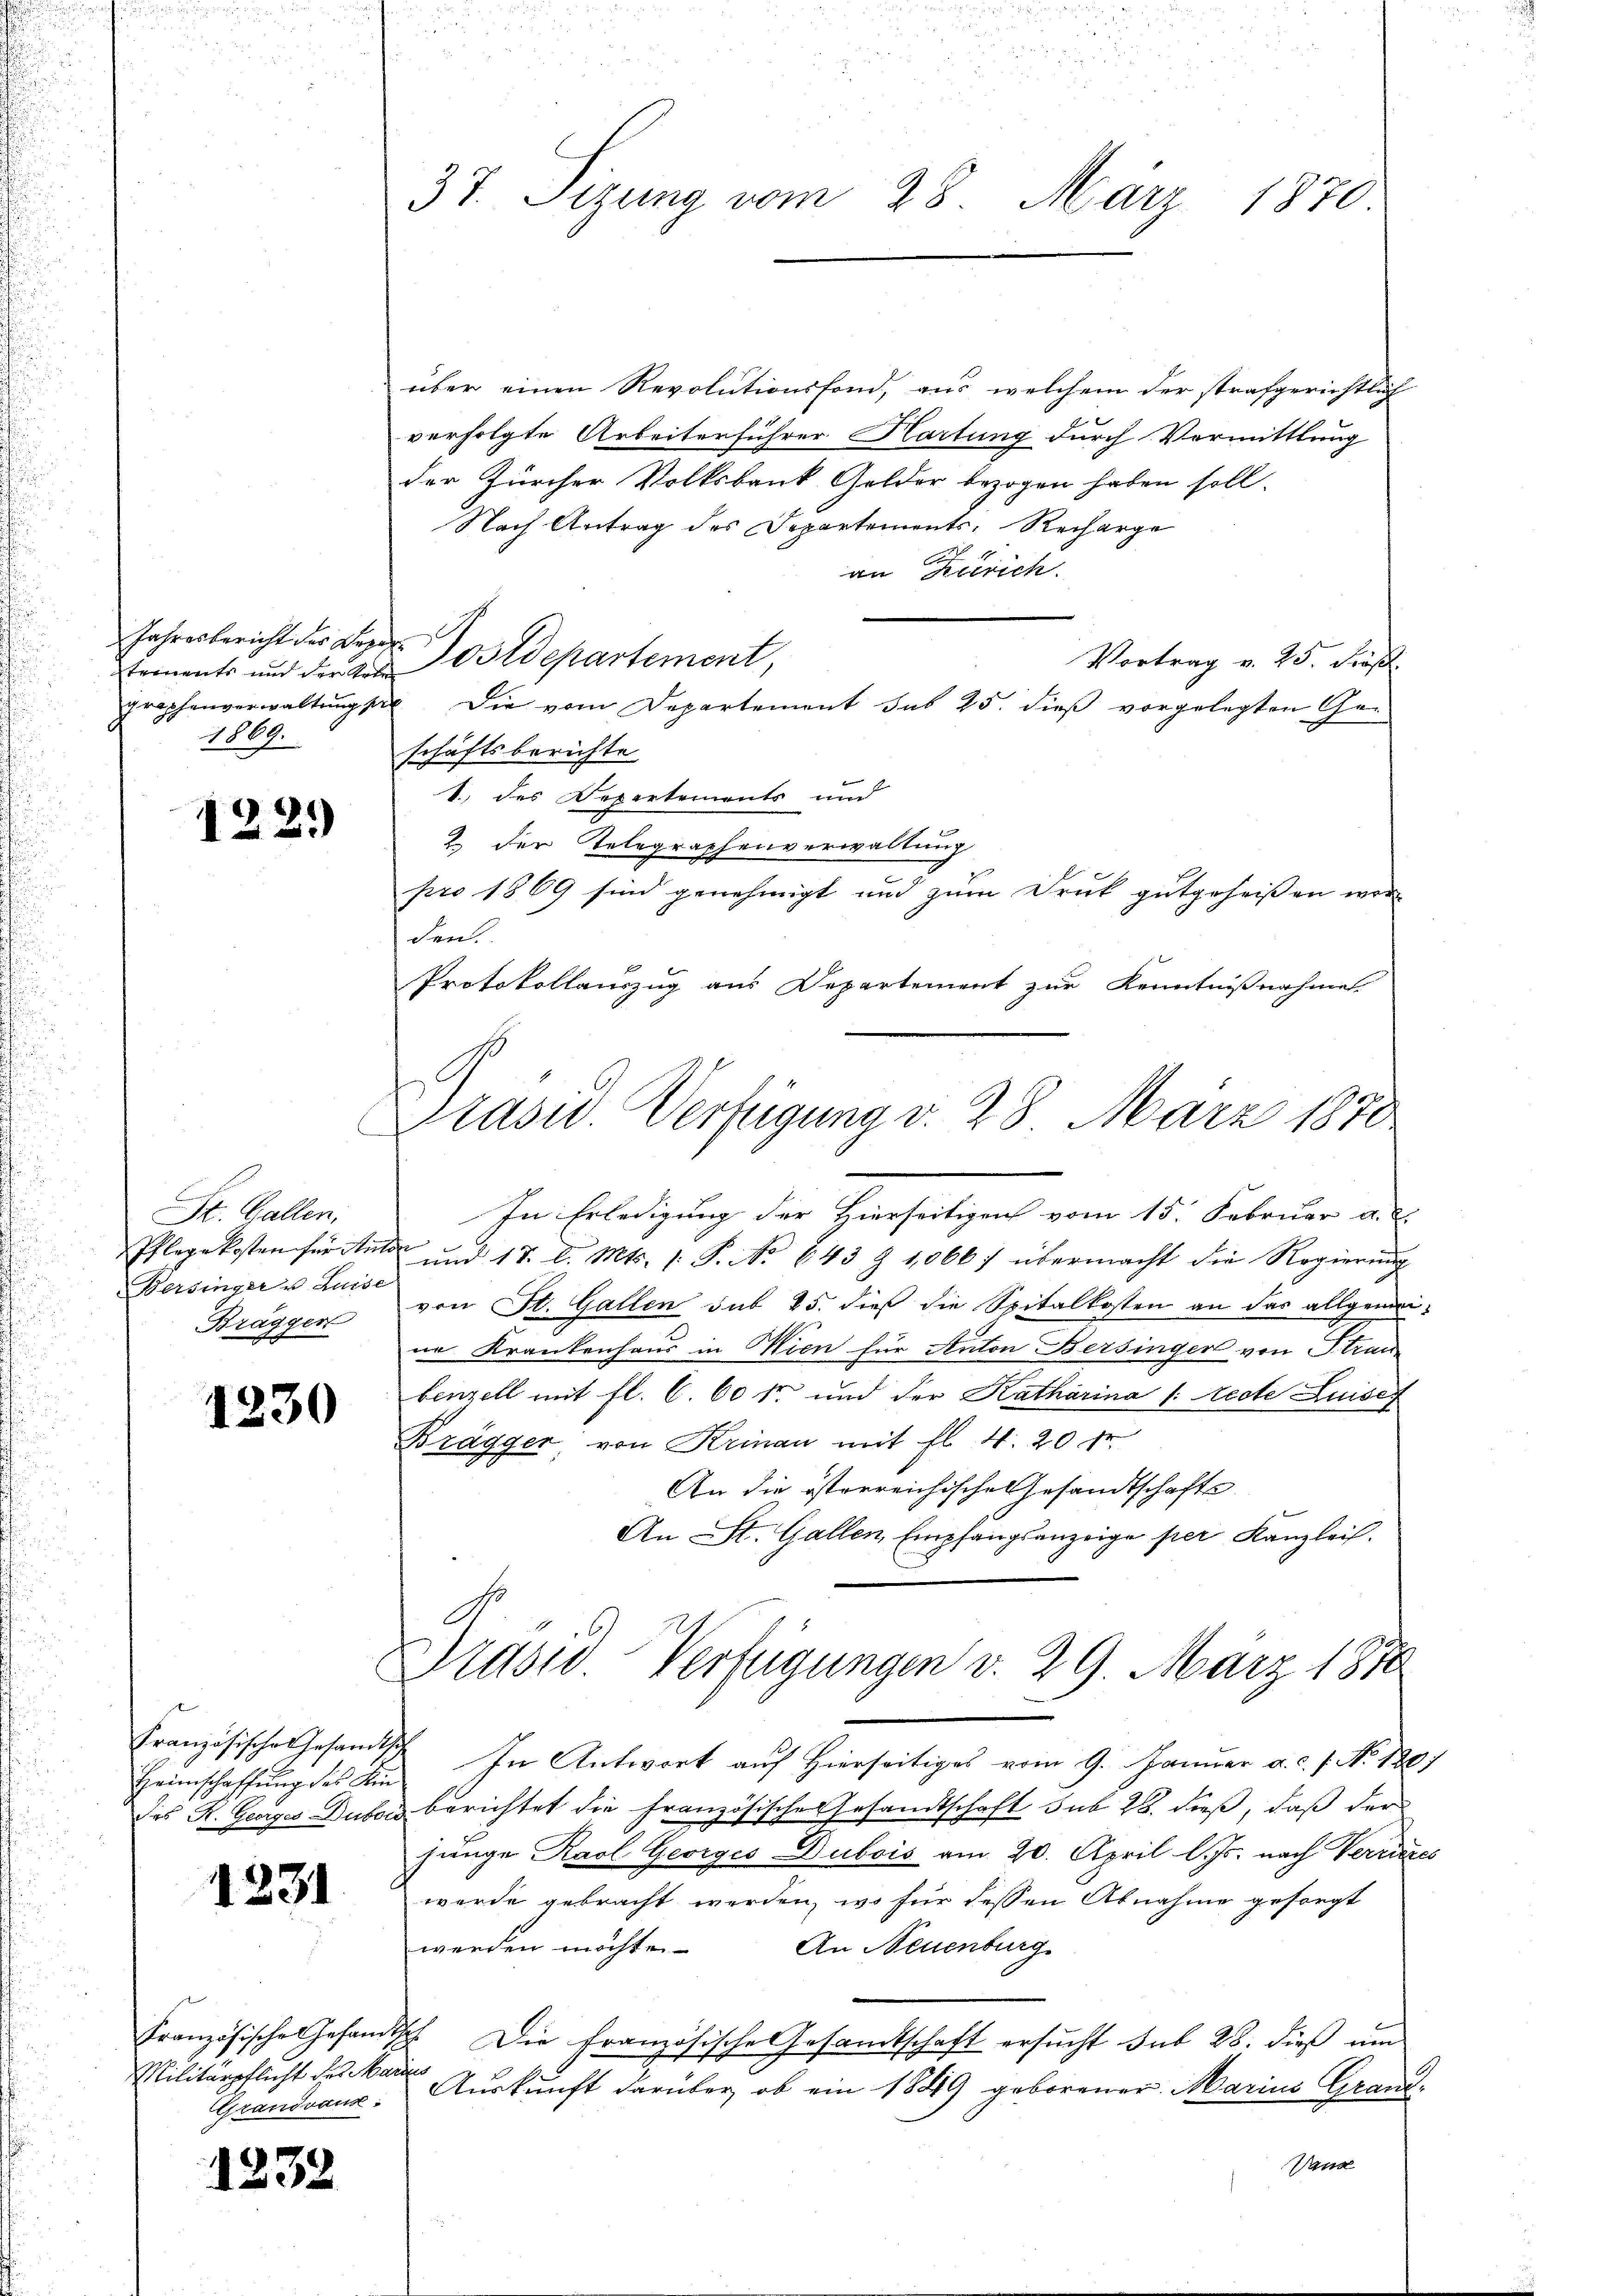
Jahresbericht der Begeh
graphenverwaltung se
1869.

1221)

St. Gallen,
Bersinger u Luise
Bräggen

1230

Heimschaffung des Kin-

1231

Militärpflicht des Marie
Grandvaus:

1232

37. Sizung vom 28. März 1870

über einen Revolutionsfond, aus welchem der strafgerichtlich
verfolgte Arbeiterführer Hartung durch Vermittlung
der Zürcher Volksbank Golder bezogen haben soll.
Nach Antrag des Departements-Recharge
an Zürich.
Vortrag v. 25. Fröß.
tements und der der Postdepartement,
Die vom Departement sub 25. dieß vorgelegten Geschäftsberichte
1.) des Departements und
2 der Telegraphenverwaltung
pro 1869 sind genehmigt und zum Druck gutgeheißen wer
den.
Protokollauszug aus Departement zur Kenntnißnahme
In Erledigung der Hierseitigen vom 15. Februar a. d.
Pflegekosten für Ante und 18. d. Mts. 1. P. No. 643 Z 1,0667 übermacht die Regierŭng
von St. Gallen sub 25. dieß die Spitalkosten an das allgemei
ne Krankenhaus in Wien für Anton Bersinger von Stran
benzell mit fl. C. 60 fr. und der Katharina /: lecte Luisef
Brägger, von Krinau mit fl. 4. 20 Fr.
An die österreichische Gesandtschafts
An St. Gallen, Empfangsanzeige per Kanzlei.
Draswo. Verfügungen d. 29. März 1870
Französische Gesandtsch In Antwort auf Hierseitiges vom 9. Januar a.c. s. No. 180,
des K. Georges Dubois berichtet die französische Gesandtschaft sub 28. dieß, daß der
junge Karl Georges Dubois am 20. April l. Js. nach Verric
werde gebracht werden, wo für dessen Abnahme gesorgt
werden möchte. An Neuenburg
Französische Gesandtsch. Die französische Gesamtschaft ersucht sub 28. dieß um
Auskunft darüber, ob ein 1849 geborener. Marius Grand¬
Vand

Präsid. Verfügung d. 28. März 1870